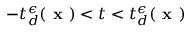
- t _ { d } ^ { \epsilon } ( \textbf { x } ) < t < t _ { d } ^ { \epsilon } ( \textbf { x } )